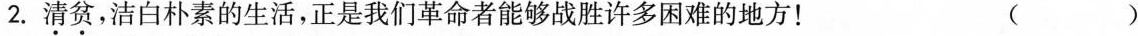
2.清贫，洁白朴素的生活，正是我们革命者能够战胜许多困难的地方！ ( )